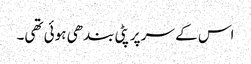
اس کے سر پر پٹی بندھی ہوئی تھی۔